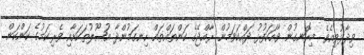
ވިދާޅުވިއެވެ. މިރޮނގުން ވާހަކަފުޅު ދައްކަވަމުން ރާއްޖޭގެ ކަންތައްތައް ހިނގަމުންދާ އުޞޫލުތަކަށާއި ވެރިކަމުގެ ކަންކަން